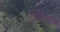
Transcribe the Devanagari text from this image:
दुर्गनिर्माण